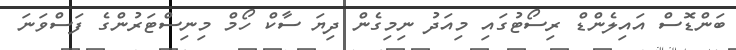
ބަންޑޮސް އައިލެންޑް ރިސޯޓުގައި މިއަދު ނިމިގެން ދިޔަ ސާކް ހޯމް މިނިސްޓަރުންގެ ފަސްވަނަ